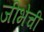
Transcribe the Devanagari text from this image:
जीभेची